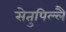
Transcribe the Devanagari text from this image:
सेतुपिल्लै